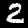
Label: 2